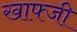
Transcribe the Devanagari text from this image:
खाफ्जी